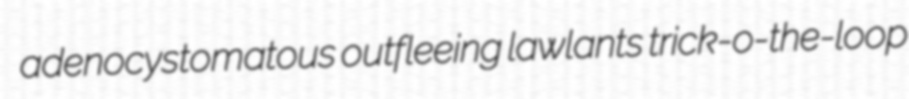
adenocystomatous outfleeing lawlants trick-o-the-loop